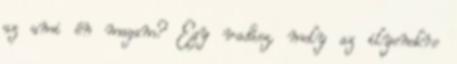
az ami én magam? Egy vadász, mely az ilyenekre